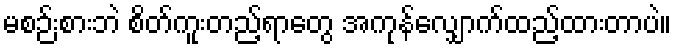
မစဉ်းစားဘဲ စိတ်ကူးတည့်ရာတွေ အကုန်လျှောက်ထည့်ထားတာပဲ။